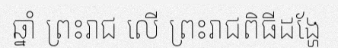
ឆ្នាំ ព្រះរាជ លើ ព្រះរាជពិធីដង្ហែ